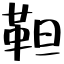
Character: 靼